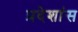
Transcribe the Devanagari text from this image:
प्रदेशांस